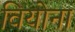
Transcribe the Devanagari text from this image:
वियोना